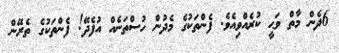
6ދެން މާތް ވަޙީ ކުރެއްވިއެވެ. ފެންތަކުގެ މެދުން ހުސްތަނެއް އުފެދޭ! ފެންތަކުގެ ތެރޭން